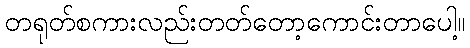
တရုတ်စကားလည်းတတ်တော့ကောင်းတာပေါ့။